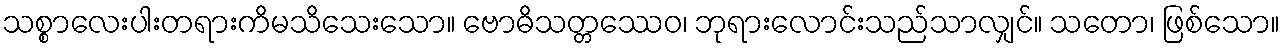
သစ္စာလေးပါးတရားကိမသိသေးသော။ ဗောဓိသတ္တဿေဝ၊ ဘုရားလောင်းသည်သာလျှင်။ သတော၊ ဖြစ်သော။